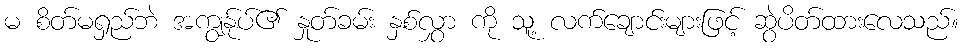
မ စိတ်မရှည်ဘဲ အကျွန်ုပ်၏ နှုတ်ခမ်း နှစ်လွှာ ကို သူ့ လက်ချောင်းများဖြင့် ဆွဲပိတ်ထားလေသည်။